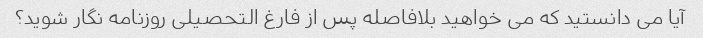
آیا می دانستید که می خواهید بلافاصله پس از فارغ التحصیلی روزنامه نگار شوید؟